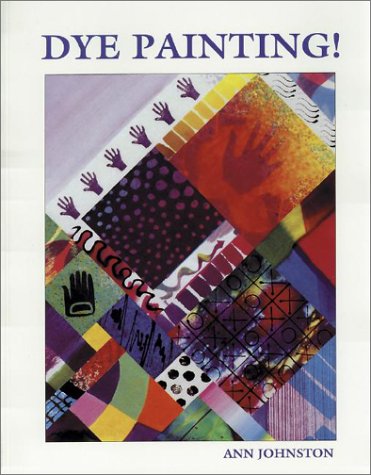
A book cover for Dye Painting!; Ann Johnston; Crafts, Hobbies & Home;